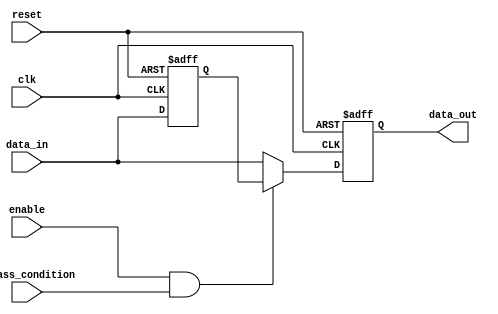
module Simple_Bypass_Register (
    input enable,
    input bypass_condition,
    input clk,
    input reset,
    input [7:0] data_in,
    output reg [7:0] data_out
);

reg [7:0] storage_reg;

always @(posedge clk or posedge reset) begin
    if (reset) begin
        data_out <= 8'b0;
        storage_reg <= 8'b0;
    end else begin
        if (enable && bypass_condition) begin
            storage_reg <= data_in;
            data_out <= storage_reg;
        end else begin
            data_out <= data_in;
            storage_reg <= data_in;
        end
    end
end

endmodule